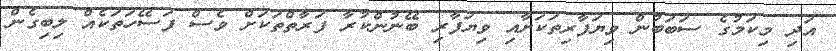
އަދި މިކަމުގެ ސަބަބުން ވިޔަފާރިތަކަށާއި ވިޔަފާރި ބޭނުންކުރާ ފަރާތްތަކަށް ވެސް ފަސޭހަތަކެއް ލިބިގެން